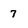
Character: 7